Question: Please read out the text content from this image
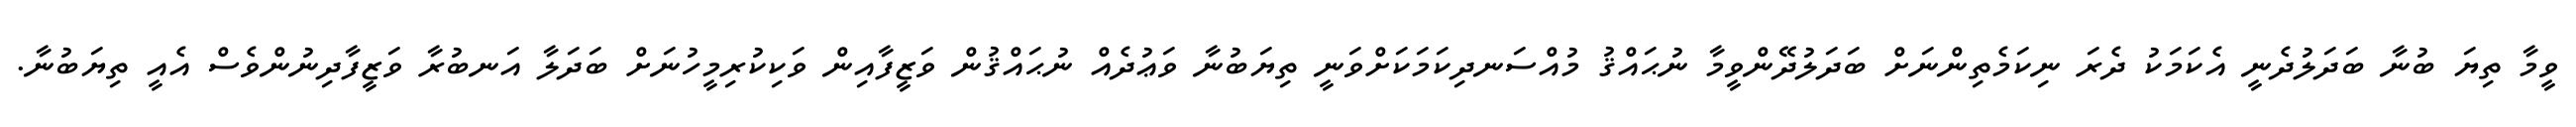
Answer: ވީމާ ތިޔަ ބުނާ ބަދަލުދެނީ އެކަމަކު ދެރަ ނިކަމެތިންނަށް ބަދަލުދޭންވީމާ ނުޙައްޤު މުއްސަނދިކަމަކަށްވަނީ ތިޔަބުނާ ވަޢުދެއް ނުޙައްޤުން ވަޒީފާއިން ވަކިކުރިމީހުނަށް ބަދަލާ އަނބުރާ ވަޒީފާދިނުންވެސް އެއީ ތިޔަބުނާ.